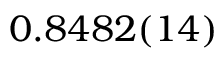
0 . 8 4 8 2 ( 1 4 )